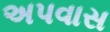
અપવાસ